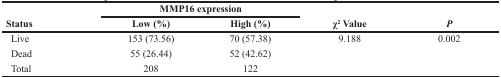
| <ROWSPAN=2> Status | <COLSPAN=2> MMP16 expression | <ROWSPAN=2> χ2 Value | <ROWSPAN=2> P |
 | Low (%) | High (%) |
 | --- | --- | --- | --- | --- |
 | Live | 153 (73.56) | 70 (57.38) | 9.188 | 0.002 |
 | Dead | 55 (26.44) | 52 (42.62) |  |  |
 | Total | 208 | 122 |  |  |